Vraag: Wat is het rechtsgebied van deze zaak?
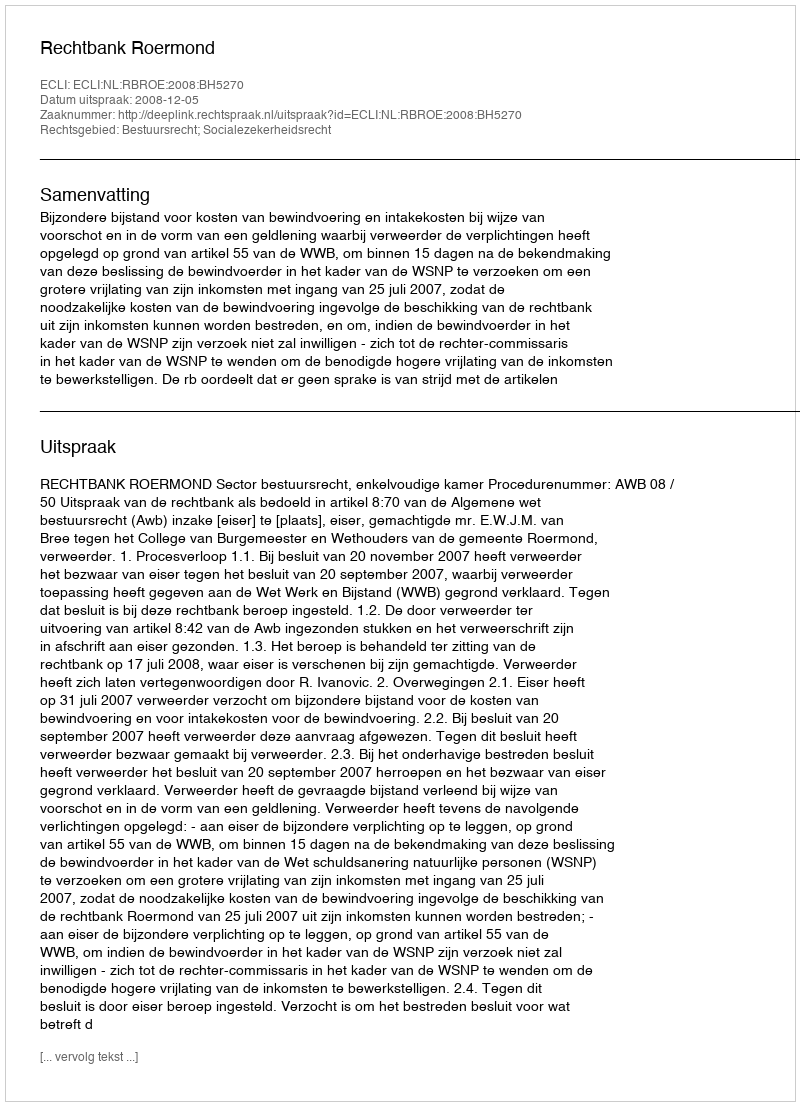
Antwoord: Bestuursrecht; Socialezekerheidsrecht